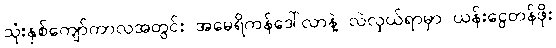
သုံးနှစ်ကျော်ကာလအတွင်း အမေရိကန်ဒေါ်လာနဲ့ လဲလှယ်ရာမှာ ယန်းငွေတန်ဖိုး